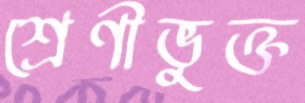
শ্রেণীভুক্ত